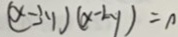
( x - 3 y ) ( x - 2 y ) = 0